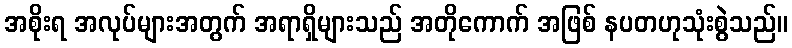
အစိုးရ အလုပ်များအတွက် အရာရှိများသည် အတိုကောက် အဖြစ် နပတဟုသုံးစွဲသည်။